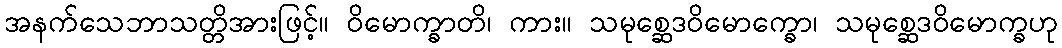
အနက်သေဘာသတ္တိအားဖြင့်။ ဝိမောက္ခာတိ၊ ကား။ သမုစ္ဆေဒဝိမောက္ခော၊ သမုစ္ဆေဒဝိမောက္ခဟု